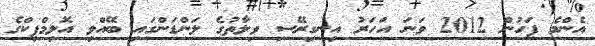
އެންމެ ފަހުން 2012 ވަނަ އަހަރު އިނގިރޭސި ވިލާތުގެ ލަންޑަންގައި ބޭއްވި އޮލިމްޕިކްގެ